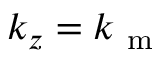
k _ { z } = k _ { \mathrm { ~ m ~ } }